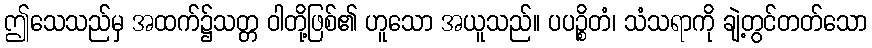
ဤသေသည်မှ အထက်၌သတ္တ ဝါတို့ဖြစ်၏ ဟူသော အယူသည်။ ပပဉ္စိတံ၊ သံသရာကို ချဲ့တွင်တတ်သော